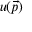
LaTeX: u ( { \vec { p } } )